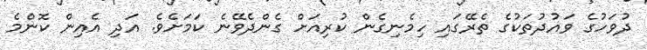
ދުވަހުގެ ވައުދުތަކުގެ ތެރޭގައި ހިމެނިގެން ކުރިއަށް ގެންދެވޭނެ ކަމަށެވެ. އަދި އެއިން ކޮންމެ